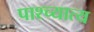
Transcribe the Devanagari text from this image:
पाश्च्यात्य